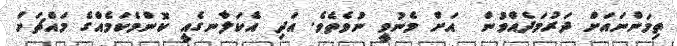
ތިމަންނައަށް ދަރުމަދެއްވުން  އަށް މެނުވީ ނުވެތެވެ. އަދި އެކަލާނގެއީ ކޮންމެކަމެއްގެ މައްޗަށް